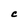
Character: C